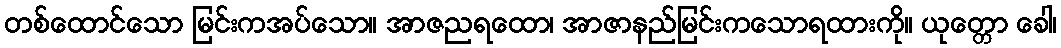
တစ်ထောင်သော မြင်းကအပ်သော။ အာဇညရထော၊ အာဇာနည်မြင်းကသောရထားကို။ ယုတ္တော ခေါ၊